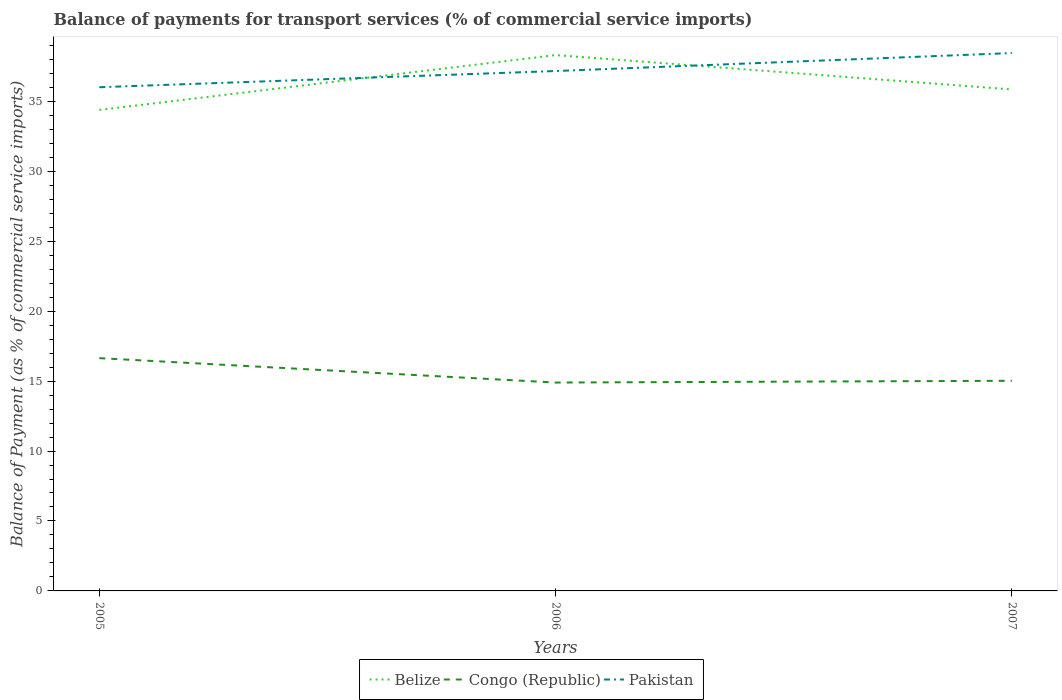
| Years | Belize | Congo (Republic) | Pakistan |
 | --- | --- | --- | --- |
 | 2005 | 34.4 | 16.6 | 36 |
 | 2006 | 38.3 | 14.9 | 37.2 |
 | 2007 | 35.8 | 15 | 38.4 |